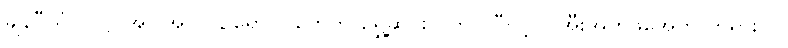
ချန်ပီယံလိဂ်ပွဲ အပါအဝင် ဥရောပပွဲတွေကို ရွှေ့ဆိုင်းလိုက်ပါပြီလို့ ယူအီးအက်ဖ်အေက တရားဝင်